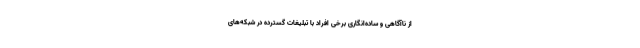
از ناآگاهی و ساده‌انگاری برخی افراد با تبلیغات گسترده در شبکه‌های